Vaccination North-Western Provinces and Oudh 1878-1895 - 1878-1895
Year: 1878
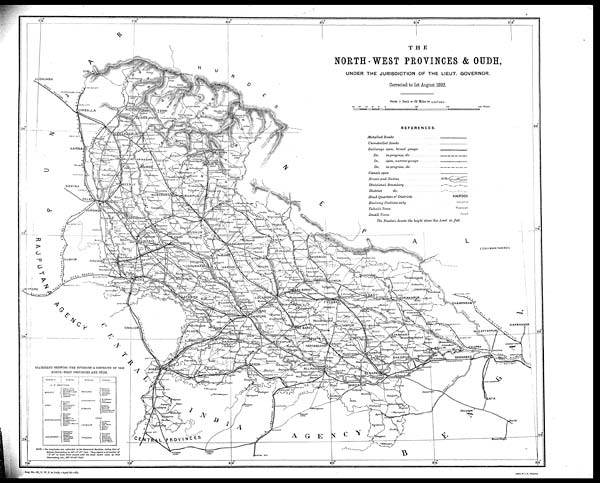
Reg. No. 147, N. W. P. & Ouah.-April 93.—715.